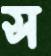
স